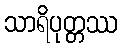
သာရိပုတ္တဿ